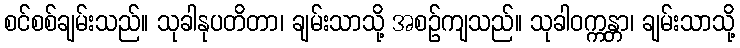
စင်စစ်ချမ်းသည်။ သုခါနုပတိတာ၊ ချမ်းသာသို့ အစဉ်ကျသည်။ သုခါဝက္ကန္တာ၊ ချမ်းသာသို့